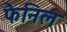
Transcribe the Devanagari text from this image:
फैनिल